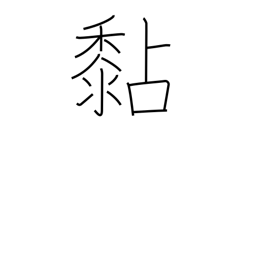
Meaning: stick to